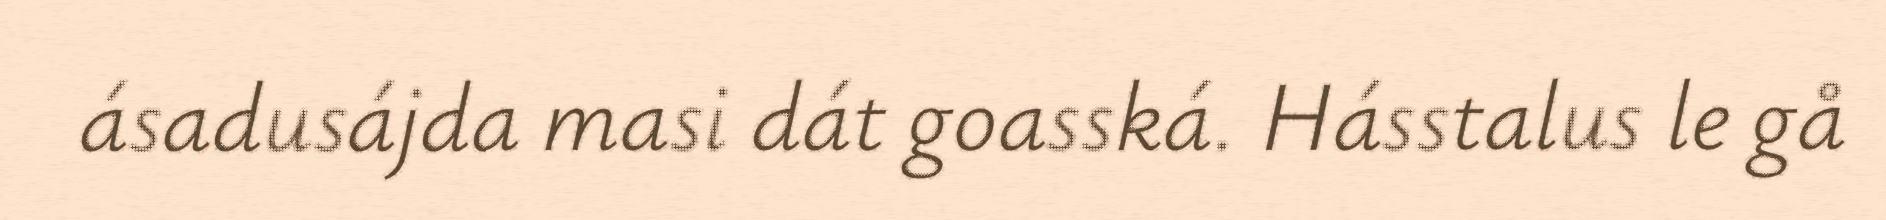
ásadusájda masi dát goasská. Hásstalus le gå